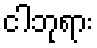
ငါဘုရား